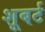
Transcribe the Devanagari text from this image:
शूबर्ट